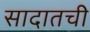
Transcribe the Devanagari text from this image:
सादातची